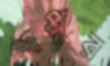
পাপ্পুর